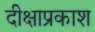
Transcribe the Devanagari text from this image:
दीक्षाप्रकाश